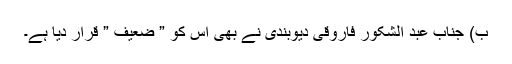
ب) جناب عبد الشکور فاروقی دیوبندی نے بھی اس کو ” ضعیف ” قرار دیا ہے۔